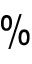
\%